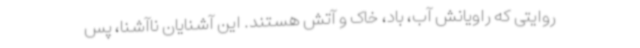
روایتی که راویانش آب، باد، خاک و آتش هستند. این آشنایان ناآشنا، پس